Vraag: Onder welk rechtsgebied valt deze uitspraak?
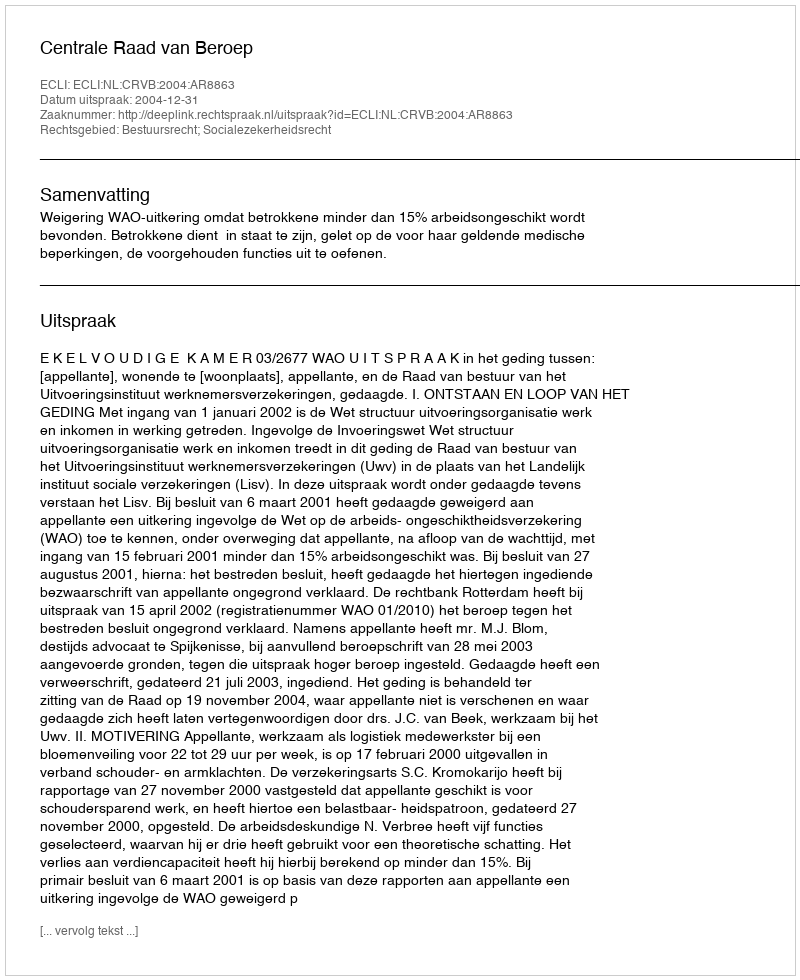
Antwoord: Bestuursrecht; Socialezekerheidsrecht